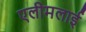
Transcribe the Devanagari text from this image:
एलीमलाई